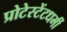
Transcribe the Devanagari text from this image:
प्रोटेस्टेंटधर्मी